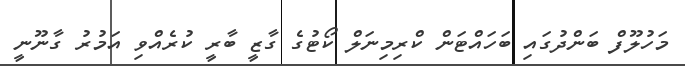
މަހުލޫފް ބަންދުގައި ބަހައްޓަން ކްރިމިނަލް ކޯޓުގެ ގާޒީ ބާރީ ކުރެއްވި އަމުރު ގާނޫނީ